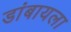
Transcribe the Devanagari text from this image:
डांबायला